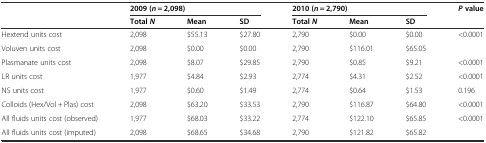
| <ROWSPAN=2>  | <COLSPAN=3> 2009 (n = 2,098) | <COLSPAN=3> 2010 (n = 2,790) | <ROWSPAN=2> Pvalue |
 | TotalN | Mean | SD | TotalN | Mean | SD |
 | --- | --- | --- | --- | --- | --- | --- | --- |
 | Hextend units cost | 2,098 | $55.13 | $27.80 | 2,790 | $0.00 | $0.00 | <ROWSPAN=2> <0.0001 |
 | Voluven units cost | 2,098 | $0.00 | $0.00 | 2,790 | $116.01 | $65.05 |
 | Plasmanate units cost | 2,098 | $8.07 | $29.85 | 2,790 | $0.85 | $9.21 | <0.0001 |
 | LR units cost | 1,977 | $4.84 | $2.93 | 2,774 | $4.31 | $2.52 | <0.0001 |
 | NS units cost | 1,977 | $0.60 | $1.49 | 2,774 | $0.64 | $1.53 | 0.196 |
 | Colloids (Hex/Vol + Plas) cost | 2,098 | $63.20 | $33.53 | 2,790 | $116.87 | $64.80 | <0.0001 |
 | All fluids units cost (observed) | 1,977 | $68.03 | $33.22 | 2,774 | $122.10 | $65.85 | <0.0001 |
 | All fluids units cost (imputed) | 2,098 | $68.65 | $34.68 | 2,790 | $121.82 | $65.82 |  |